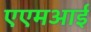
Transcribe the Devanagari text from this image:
एएमआई